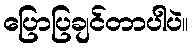
ပြောပြချင်တာပါပဲ။